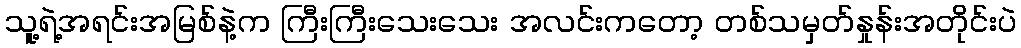
သူ့ရဲ့အရင်းအမြစ်နဲ့က ကြီးကြီးသေးသေး အလင်းကတော့ တစ်သမှတ်နှုန်းအတိုင်းပဲ